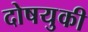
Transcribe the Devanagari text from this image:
दोषयुकी